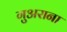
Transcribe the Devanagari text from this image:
गुअराना